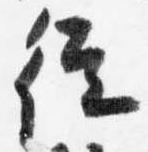
従